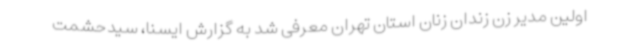
اولین مدیر زن زندان زنان استان تهران معرفی شد به گزارش ایسنا، سیدحشمت